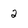
Character: 2